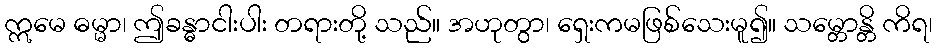
ဣမေ ဓမ္မာ၊ ဤခန္ဓာငါးပါး တရားတို့ သည်။ အဟုတွာ၊ ရှေးကမဖြစ်သေးမူ၍။ သမ္တောန္တိ ကိရ၊